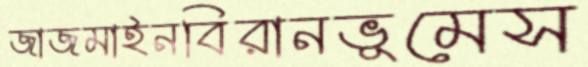
জাজমাইনবিরানভূমেস